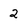
Character: 2